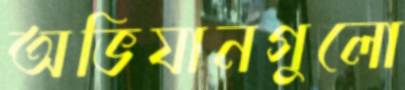
অভিযানগুলো